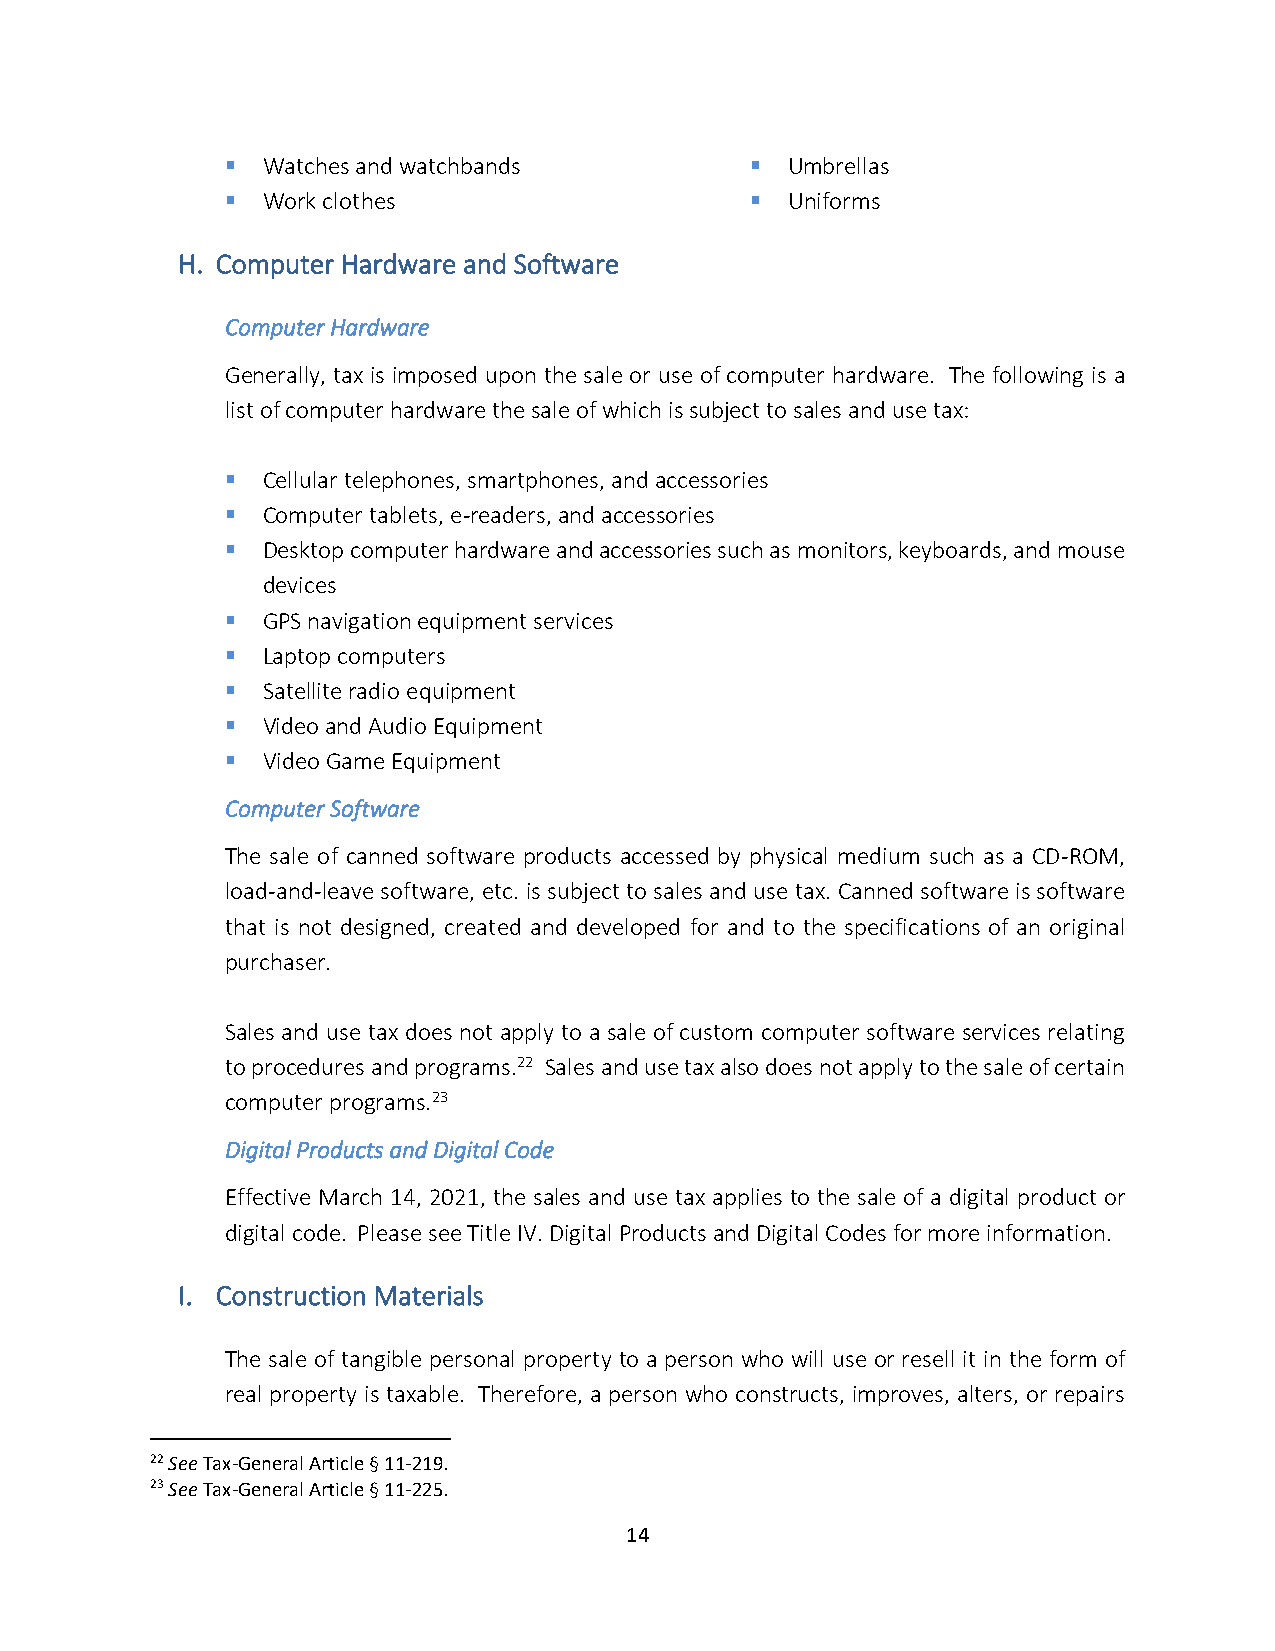
▪ Watches and watchbands           ▪ Umbrellas
 ▪ Work clothes                     ▪ Uniforms
 H. Computer Hardware and Software
 Computer Hardware
 Generally, tax is imposed upon the sale or use of computer hardware. The following is a
 list of computer hardware the sale of which is subject to sales and use tax:
 ▪ Cellular telephones, smartphones, and accessories
 ▪ Computer tablets, e-readers, and accessories
 ▪ Desktop computer hardware and accessories such as monitors, keyboards, and mouse
 devices
 ▪ GPS navigation equipment services
 ▪ Laptop computers
 ▪ Satellite radio equipment
 ▪ Video and Audio Equipment
 ▪ Video Game Equipment
 Computer Software
 The sale of canned software products accessed by physical medium such as a CD-ROM,
 load-and-leave software, etc. is subject to sales and use tax. Canned software is software
 that is not designed, created and developed for and to the specifications of an original
 purchaser.
 Sales and use tax does not apply to a sale of custom computer software services relating
 to procedures and programs.22 Sales and use tax also does not apply to the sale of certain
 computer programs.23
 Digital Products and Digital Code
 Effective March 14, 2021, the sales and use tax applies to the sale of a digital product or
 digital code. Please see Title IV. Digital Products and Digital Codes for more information.
 I. Construction Materials
 The sale of tangible personal property to a person who will use or resell it in the form of
 real property is taxable. Therefore, a person who constructs, improves, alters, or repairs
 22 See Tax-General Article § 11-219.
 23 See Tax-General Article § 11-225.
 14